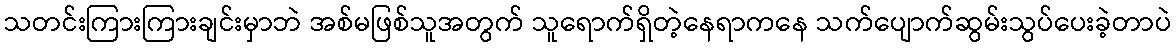
သတင်းကြားကြားချင်းမှာဘဲ အစ်မဖြစ်သူအတွက် သူရောက်ရှိတဲ့နေရာကနေ သက်ပျောက်ဆွမ်းသွပ်ပေးခဲ့တာပဲ